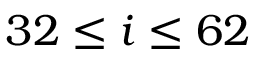
3 2 \leq i \leq 6 2